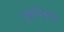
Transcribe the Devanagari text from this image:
दॄष्‍टिकोण